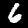
Digit: 6